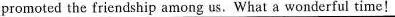
promoted the friendship among us.What a wonderful time!